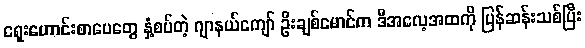
ရှေးဟောင်းစာပေတွေ နှံ့စပ်တဲ့ ဂျာနယ်ကျော် ဦးချစ်မောင်က ဒီအလေ့အထကို ပြန်ဆန်းသစ်ပြီး